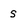
Character: s